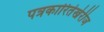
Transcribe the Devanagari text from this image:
पत्रकारितेखेरीज